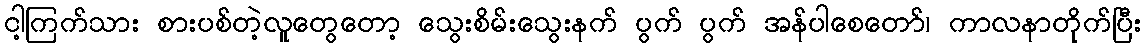
ငါ့ကြက်သား စားပစ်တဲ့လူတွေတော့ သွေးစိမ်းသွေးနက် ပွက် ပွက် အန်ပါစေတော်၊ ကာလနာတိုက်ပြီး